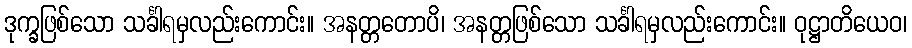
ဒုက္ခဖြစ်သော သင်္ခါရမှလည်းကောင်း။ အနတ္တတောပိ၊ အနတ္တဖြစ်သော သင်္ခါရမှလည်းကောင်း။ ဝုဋ္ဌာတိယေဝ၊